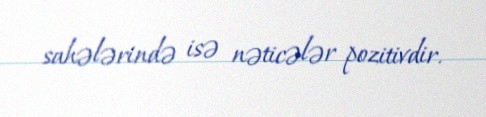
sahələrində isə nəticələr pozitivdir.